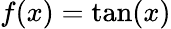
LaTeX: f(x)=\tan(x)